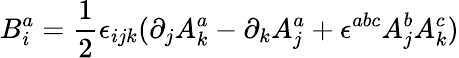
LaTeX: B_{i}^{a}=\frac{1}{2}\epsilon_{ijk}(\partial_{j}A_{k}^{a}-\partial_{k}A_{j}^{a}+\epsilon^{abc}A_{j}^{b}A_{k}^{c})